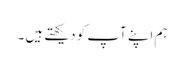
ہم اپنے آپ کو دیکھتے ہیں ۔